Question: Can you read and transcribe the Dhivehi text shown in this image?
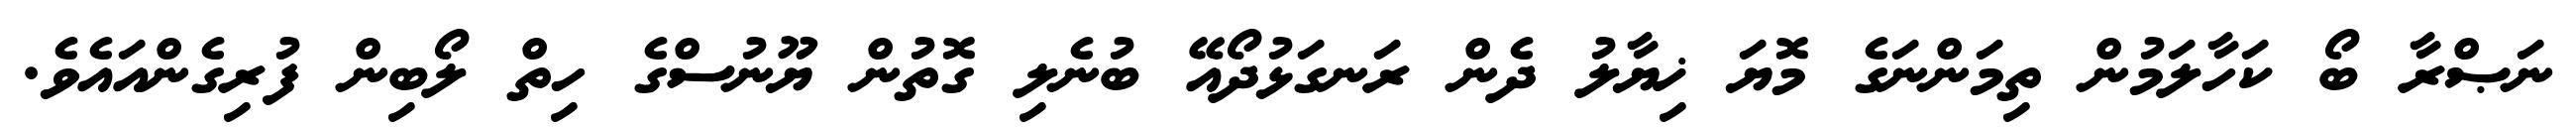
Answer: ނަޞްރާ ބޯ ކަހާލަމުން ތިމަންނަގެ މޮޔަ ޚިޔާލު ދެން ރަނގަޅުދޯއޭ ބުނެލި ގޮތުން ޔޫނުސްގެ ހިތް ލޯބިން ފުރިގެންއައެވެ.